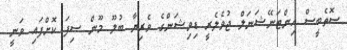
ސޮތެބީސް އިންޓަނޭޝަނަލް ޖުވެލެރީ ޑިވިޝަންގެ ވެރިޔާ ބުލޫ މޫން ސިފަ ކޮށްފައި ވަނީ